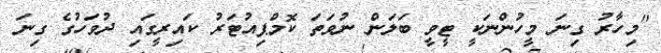
"މިހާރު ގިނަ މީހުންނަކީ ޓީވީ ބަލަން ނުވަތަ ކޮމްޕިއުޓަރު ކައިރީގައި ދުވަހުގެ ގިނަ